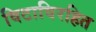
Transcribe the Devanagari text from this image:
विटाविरहित